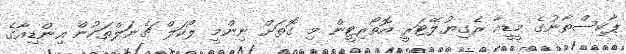
ޕާކިސްތާނުގެ މީޑީއާ ރެގިޔުލޭޓަރީ އޮތޯރިޓީން މި ގޮތަށް ނިންމީ ލޯކަލް ޗެނަލްތަކުން އިންޑިއާގެ